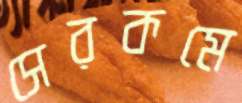
সেরকমে